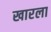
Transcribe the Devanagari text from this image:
खारला